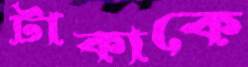
টাকাকে